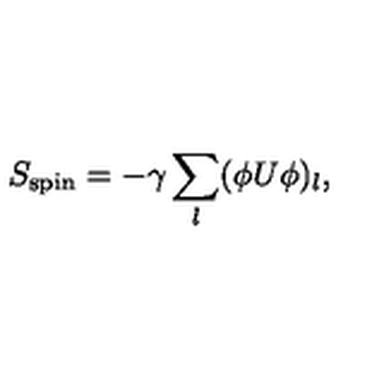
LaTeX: S _ { \mathrm { s p i n } } = - \gamma \sum _ { l } ( \phi U \phi ) _ { l } ,